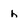
Character: h